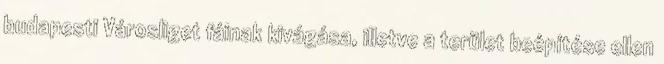
budapesti Városliget fáinak kivágása, illetve a terület beépítése ellen